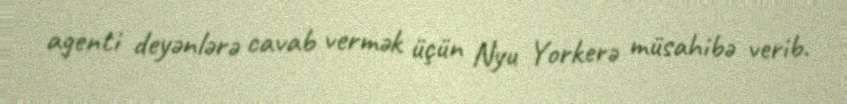
agenti deyənlərə cavab vermək üçün Nyu Yorkerə müsahibə verib.